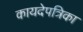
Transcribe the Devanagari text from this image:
कायदेपत्रिका